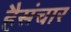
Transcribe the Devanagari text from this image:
हैसंचार